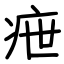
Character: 疶